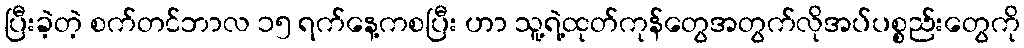
ပြီးခဲ့တဲ့ စက်တင်ဘာလ ၁၅ ရက်နေ့ကစပြီး ဟာ သူ့ရဲ့ထုတ်ကုန်တွေအတွက်လိုအပ်ပစ္စည်းတွေကို